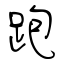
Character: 跑